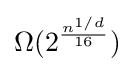
\Omega (2^{\frac {n^{1/d}}{16}})